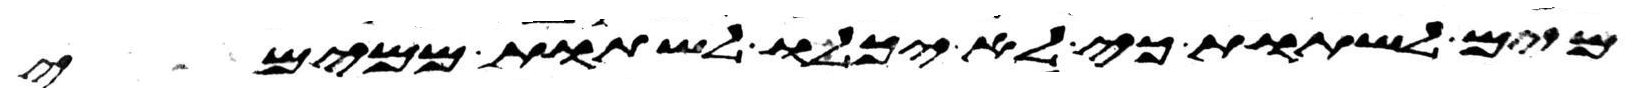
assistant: מים לשתות כי לא יכלו לשתות ממימי